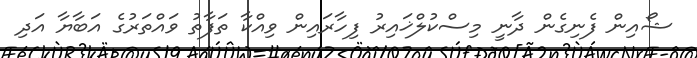
ޝޯއިން ފެނިގެން ދާނީ މިސްކުލްޚައިރު ފިހާރައިން ވިއްކާ ތަފާތު ވައްތަރުގެ އަބާޔާ އަދި